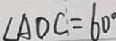
\angle A O C = 6 0 ^ { \circ }